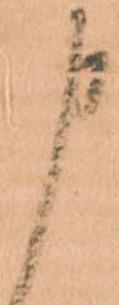
申